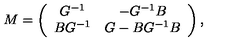
M = \left( \begin{array} { c c } { G ^ { - 1 } } & { - G ^ { - 1 } B } \\ { B G ^ { - 1 } } & { G - B G ^ { - 1 } B } \\ \end{array} \right) ,